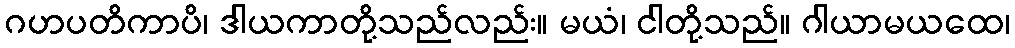
ဂဟပတိကာပိ၊ ဒါယကာတို့သည်လည်း။ မယံ၊ ငါတို့သည်။ ဂါယာမယထေ၊